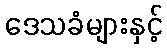
ဒေသခံများနှင့်